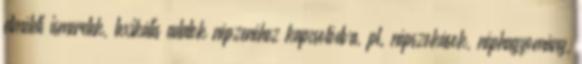
elméleti ismeretek, lexikális adatok népzenéhez kapcsolódva, pl. népszokások, néphagyomány,